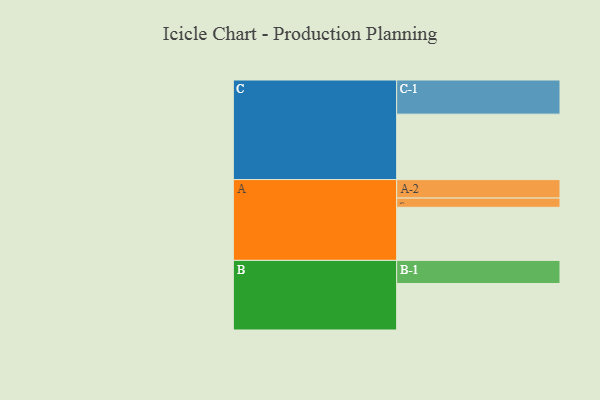
{"axis": {"x": "Segment", "y": "Value"}, "legend": ["", "A", "B", "C"], "data": [{"x": "A", "y": 356, "type": ""}, {"x": "B", "y": 312, "type": ""}, {"x": "C", "y": 439, "type": ""}, {"x": "A-1", "y": 62, "type": "A"}, {"x": "A-2", "y": 124, "type": "A"}, {"x": "B-1", "y": 155, "type": "B"}, {"x": "C-1", "y": 229, "type": "C"}]}